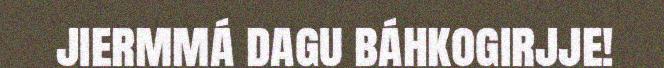
jiermmá dagu báhkogirjje!